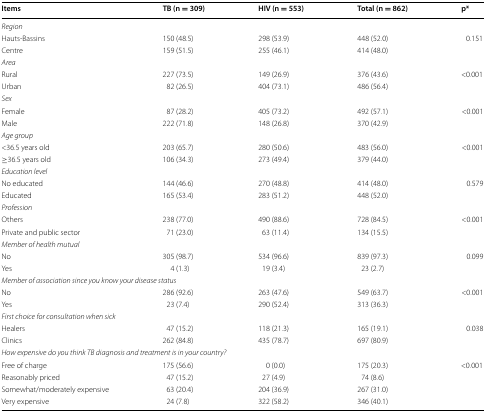
<table><thead><tr><td><b>Items</b></td><td><b>TB (n = 309)</b></td><td><b>HIV (n = 553)</b></td><td><b>Total (n = 862)</b></td><td><b>p*</b></td></tr></thead><tbody><tr><td colspan="5"><i>Region</i></td></tr><tr><td>Hauts-Bassins</td><td>150 (48.5)</td><td>298 (53.9)</td><td>448 (52.0)</td><td rowspan="2">0.151</td></tr><tr><td>Centre</td><td>159 (51.5)</td><td>255 (46.1)</td><td>414 (48.0)</td></tr><tr><td colspan="5"><i>Area</i></td></tr><tr><td>Rural</td><td>227 (73.5)</td><td>149 (26.9)</td><td>376 (43.6)</td><td rowspan="2">&lt;0.001</td></tr><tr><td>Urban</td><td>82 (26.5)</td><td>404 (73.1)</td><td>486 (56.4)</td></tr><tr><td colspan="5"><i>Sex</i></td></tr><tr><td>Female</td><td>87 (28.2)</td><td>405 (73.2)</td><td>492 (57.1)</td><td rowspan="2">&lt;0.001</td></tr><tr><td>Male</td><td>222 (71.8)</td><td>148 (26.8)</td><td>370 (42.9)</td></tr><tr><td colspan="5"><i>Age group</i></td></tr><tr><td>&lt;36.5 years old</td><td>203 (65.7)</td><td>280 (50.6)</td><td>483 (56.0)</td><td rowspan="2">&lt;0.001</td></tr><tr><td>≥36.5 years old</td><td>106 (34.3)</td><td>273 (49.4)</td><td>379 (44.0)</td></tr><tr><td colspan="5"><i>Education level</i></td></tr><tr><td>No educated</td><td>144 (46.6)</td><td>270 (48.8)</td><td>414 (48.0)</td><td rowspan="2">0.579</td></tr><tr><td>Educated</td><td>165 (53.4)</td><td>283 (51.2)</td><td>448 (52.0)</td></tr><tr><td colspan="5"><i>Profession</i></td></tr><tr><td>Others</td><td>238 (77.0)</td><td>490 (88.6)</td><td>728 (84.5)</td><td rowspan="2">&lt;0.001</td></tr><tr><td>Private and public sector</td><td>71 (23.0)</td><td>63 (11.4)</td><td>134 (15.5)</td></tr><tr><td colspan="5"><i>Member of health mutual</i></td></tr><tr><td>No</td><td>305 (98.7)</td><td>534 (96.6)</td><td>839 (97.3)</td><td rowspan="2">0.099</td></tr><tr><td>Yes</td><td>4 (1.3)</td><td>19 (3.4)</td><td>23 (2.7)</td></tr><tr><td colspan="5"><i>Member of association since you know your disease status</i></td></tr><tr><td>No</td><td>286 (92.6)</td><td>263 (47.6)</td><td>549 (63.7)</td><td rowspan="2">&lt;0.001</td></tr><tr><td>Yes</td><td>23 (7.4)</td><td>290 (52.4)</td><td>313 (36.3)</td></tr><tr><td colspan="5"><i>First choice for consultation when sick</i></td></tr><tr><td>Healers</td><td>47 (15.2)</td><td>118 (21.3)</td><td>165 (19.1)</td><td rowspan="2">0.038</td></tr><tr><td>Clinics</td><td>262 (84.8)</td><td>435 (78.7)</td><td>697 (80.9)</td></tr><tr><td colspan="5"><i>How expensive do you think TB diagnosis and treatment is in your country?</i></td></tr><tr><td>Free of charge</td><td>175 (56.6)</td><td>0 (0.0)</td><td>175 (20.3)</td><td rowspan="4">&lt;0.001</td></tr><tr><td>Reasonably priced</td><td>47 (15.2)</td><td>27 (4.9)</td><td>74 (8.6)</td></tr><tr><td>Somewhat/moderately expensive</td><td>63 (20.4)</td><td>204 (36.9)</td><td>267 (31.0)</td></tr><tr><td>Very expensive</td><td>24 (7.8)</td><td>322 (58.2)</td><td>346 (40.1)</td></tr></tbody></table>